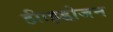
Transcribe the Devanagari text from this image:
हीाइड्रोजन